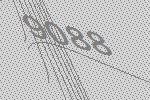
9088